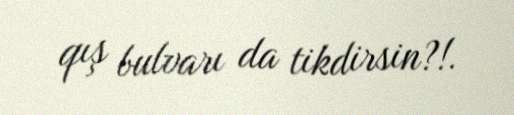
qış bulvarı da tikdirsin?!.